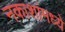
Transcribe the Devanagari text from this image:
नकाशांमध्ये